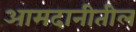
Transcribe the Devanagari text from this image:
आमदानीतील